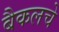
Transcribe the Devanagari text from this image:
बैकलचे